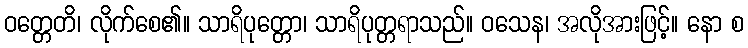
ဝတ္တေတိ၊ လိုက်စေ၏။ သာရိပုတ္တော၊ သာရိပုတ္တရာသည်။ ဝသေန၊ အလိုအားဖြင့်။ နော စ